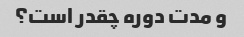
و مدت دوره چقدر است؟